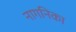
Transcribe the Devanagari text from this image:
नागनिका